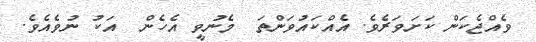
ވެއްޖެކަން ކަށަވަރެވެ. އެއްކައުވަންތަ  މެނުވީ އެހެން  އަކު ނުވެއެވެ.